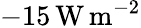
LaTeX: -15\, \mathrm{W}\, \mathrm{m}^{-2}